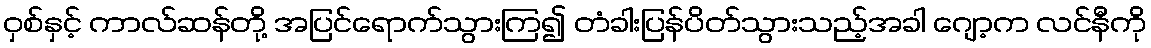
ဝှစ်နှင့် ကာလ်ဆန်တို့ အပြင်ရောက်သွားကြ၍ တံခါးပြန်ပိတ်သွားသည့်အခါ ဂျော့က လင်နီကို